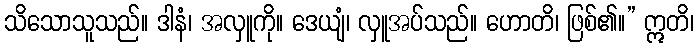
သိသောသူသည်။ ဒါနံ၊ အလှူကို။ ဒေယျံ၊ လှူအပ်သည်။ ဟောတိ၊ ဖြစ်၏။” ဣတိ၊